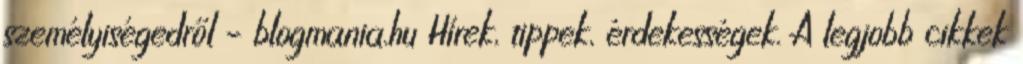
személyiségedről – blogmania.hu Hírek, tippek, érdekességek. A legjobb cikkek